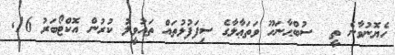
ހެޔޮނުވާނެ ތީ  ސުބްޙާނަހޫ ވަތަޢާލާގެ ސިފަފުޅުތައް ތަަައުވީލު ކުރުން އޮކްޓޯބަރު 16